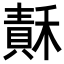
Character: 𥡯